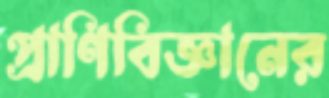
প্রাণিবিজ্ঞানের